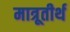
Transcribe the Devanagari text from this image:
मात्रूतीर्थ